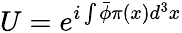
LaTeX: U=e^{i\int\bar{\phi}\pi(x)d^{3}x}